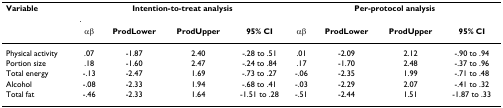
<table><thead><tr><td><b>Variable</b></td><td colspan="4"><b>Intention-to-treat analysis</b></td><td colspan="4"><b>Per-protocol analysis</b></td></tr><tr><td></td><td><b>αβ</b></td><td><b>ProdLower</b></td><td><b>ProdUpper</b></td><td><b>95% CI</b></td><td><b>αβ</b></td><td><b>ProdLower</b></td><td><b>ProdUpper</b></td><td><b>95% CI</b></td></tr></thead><tbody><tr><td>Physical activity</td><td>.07</td><td>-1.87</td><td>2.40</td><td>-.28 to .51</td><td>.01</td><td>-2.09</td><td>2.12</td><td>-.90 to .94</td></tr><tr><td>Portion size</td><td>.18</td><td>-1.60</td><td>2.47</td><td>-.24 to .84</td><td>.17</td><td>-1.70</td><td>2.48</td><td>-.37 to .96</td></tr><tr><td>Total energy</td><td>-.13</td><td>-2.47</td><td>1.69</td><td>-.73 to .27</td><td>-.06</td><td>-2.35</td><td>1.99</td><td>-.71 to .48</td></tr><tr><td>Alcohol</td><td>-.08</td><td>-2.33</td><td>1.94</td><td>-.68 to .41</td><td>-.03</td><td>-2.29</td><td>2.07</td><td>-.41 to .32</td></tr><tr><td>Total fat</td><td>-.46</td><td>-2.33</td><td>1.64</td><td>-1.51 to .28</td><td>-.51</td><td>-2.44</td><td>1.51</td><td>-1.87 to .33</td></tr></tbody></table>